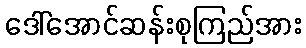
ဒေါ်အောင်ဆန်းစုကြည်အား